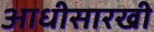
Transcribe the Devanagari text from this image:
आधीसारखी